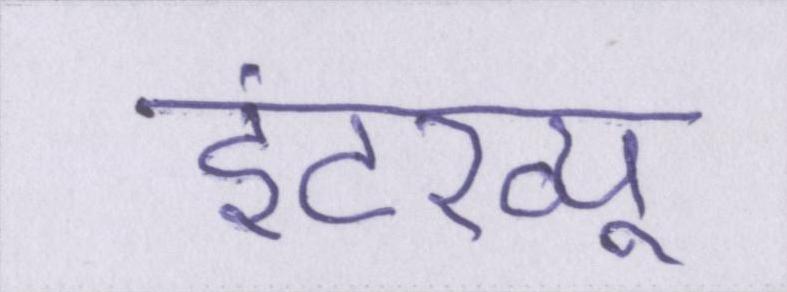
इंटरव्यू